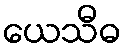
ယေသီဓ